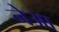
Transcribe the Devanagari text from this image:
नेआ